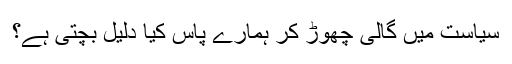
سیاست میں گالی چھوڑ کر ہمارے پاس کیا دلیل بچتی ہے؟